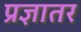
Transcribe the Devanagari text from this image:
प्रज्ञातर